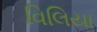
વિલિયા